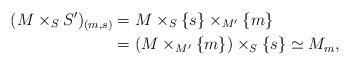
LaTeX: \begin{align*}(M \times_{S} S')_{(m,s)} &= M \times_{S} \{s\} \times_{M'} \{m\}\\&= (M \times_{M'} \{m\}) \times_{S} \{s\} \simeq M_m,\end{align*}